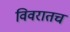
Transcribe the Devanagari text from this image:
विवरातच